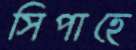
সিপাহে